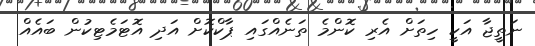
ނަތީޖާ އަކީ ހިތަށް އެރި ކޮންމެ ތަނެއްގައި ޕާކްކޮށް އަދި އޮޓަމެޓިކުން ބައެއް